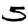
Digit: 5